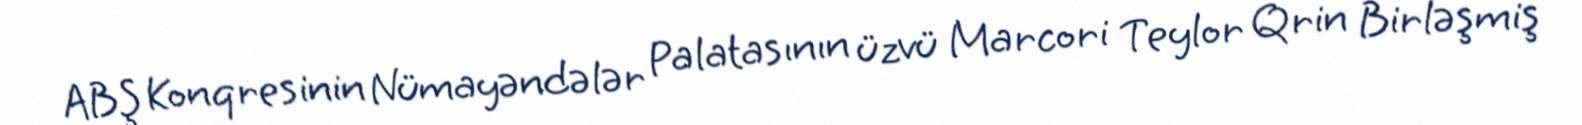
ABŞ Konqresinin Nümayəndələr Palatasının üzvü Marcori Teylor Qrin Birləşmiş